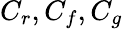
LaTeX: C_{r},C_{f},C_{g}